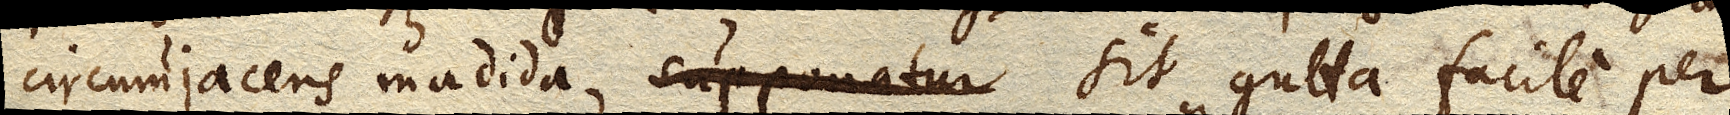
circumjacens madida supponatur sit gutta facile per